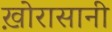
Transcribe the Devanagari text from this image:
ख़ोरासानी